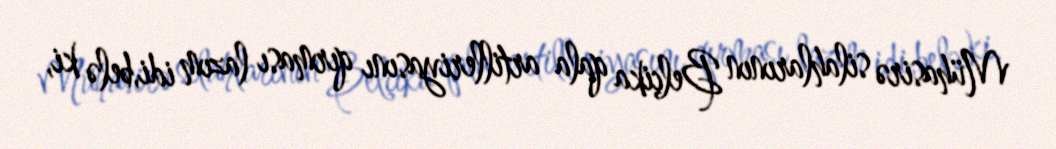
Mühasirə silahlarının Belçika qala artilleriyasını qırması lazım idi,belə ki,